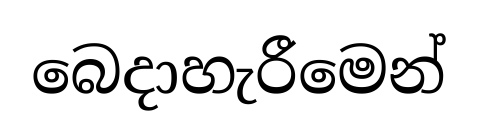
බෙදාහැරීමෙන්